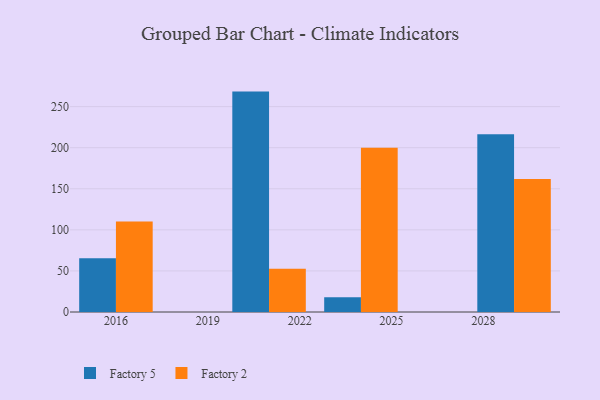
{"axis": {"x": "Year", "y": "Bounce Rate (%)"}, "legend": ["Factory 2", "Factory 5"], "data": [{"x": "2016", "y": 65.3, "type": "Factory 5"}, {"x": "2016", "y": 110.2, "type": "Factory 2"}, {"x": "2021", "y": 268.3, "type": "Factory 5"}, {"x": "2021", "y": 52.8, "type": "Factory 2"}, {"x": "2029", "y": 216.3, "type": "Factory 5"}, {"x": "2029", "y": 162.0, "type": "Factory 2"}, {"x": "2024", "y": 18.0, "type": "Factory 5"}, {"x": "2024", "y": 199.9, "type": "Factory 2"}]}